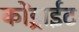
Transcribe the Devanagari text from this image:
कोंड्राईट